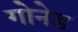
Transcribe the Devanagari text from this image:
गोनेड